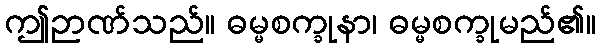
ဤဉာဏ်သည်။ ဓမ္မစက္ခုနာ၊ ဓမ္မစက္ခုမည်၏။